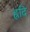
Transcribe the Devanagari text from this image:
ह्रदि